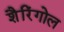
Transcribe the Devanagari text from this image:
शैरिंगोल